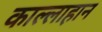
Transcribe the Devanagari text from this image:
काल्लाहान